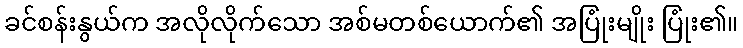
ခင်စန်းနွယ်က အလိုလိုက်သော အစ်မတစ်ယောက်၏ အပြုံးမျိုး ပြုံး၏။